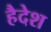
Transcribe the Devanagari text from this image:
हैदेश